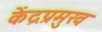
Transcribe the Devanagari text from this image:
केंद्रप्रमुख